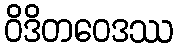
ဝိဒိတဝေဒဿ